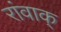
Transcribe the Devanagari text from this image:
रांवाक्